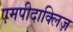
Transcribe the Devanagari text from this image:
एमपीदाक्लिज़